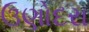
ઉણોદરા